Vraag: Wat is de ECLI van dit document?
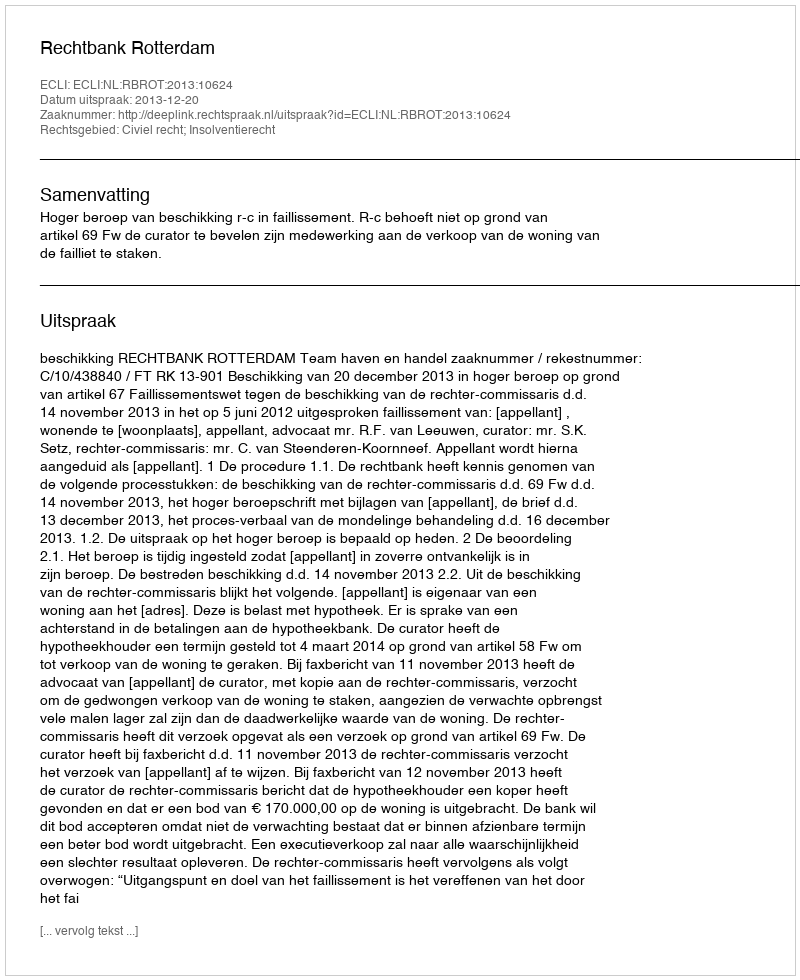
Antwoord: ECLI:NL:RBROT:2013:10624